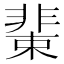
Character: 𩇹